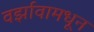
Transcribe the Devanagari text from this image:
वर्झावामधून